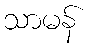
သာမန်